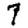
Digit: 7